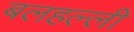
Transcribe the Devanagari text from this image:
बलहल्ली